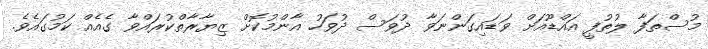
މުސްތަފާ ލުތުފީ އައްޑޫއަށް ވަޑައިގަންނަވާ ދުވަސް ދުވަހު އާންމުކޮށް ޒިޔާރާތްކުރައްވާ ގެއެއް ކަމުގައެވެ.